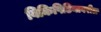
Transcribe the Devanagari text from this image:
विकिपिडियावरील